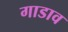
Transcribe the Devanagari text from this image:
गाडाव